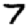
Digit: 7